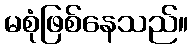
မစုံဖြစ်နေသည်။